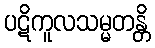
ပဋိကူလသမ္မတန္တိ